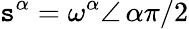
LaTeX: \mathtt{s}^{\alpha}=\omega^{\alpha}\angle\, \alpha\pi/2